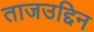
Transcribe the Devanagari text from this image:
ताजउद्दिन